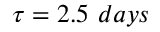
\tau = 2 . 5 ~ d a y s